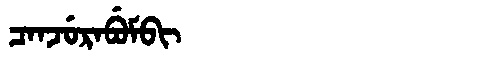
Manchu: ᠴᠠᠨᠵᡠᡵᠠᠪᡠᠮᠪᡳ
Romanization: CANJURABUMBI